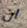
ان